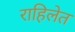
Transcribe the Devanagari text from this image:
राहिलेत